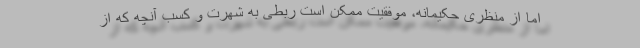
اما از منظری حکیمانه، موفقیت ممکن است ربطی به شهرت و کسب آنچه که از